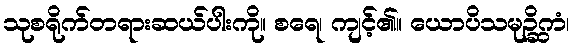
သုစရိုက်တရားဆယ်ပါးကို။ စရေ၊ ကျင့်၏။ ယောပိသမုဉ္ဆိကံ၊